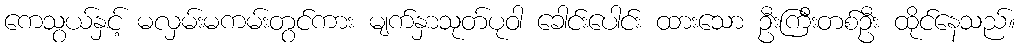
ကေသွယ်နှင့် မလှမ်းမကမ်းတွင်ကား မျက်နှာသုတ်ပုဝါ ခေါင်းပေါင်း ထားသော ဦးကြီးတစ်ဦး ထိုင်နေသည်။